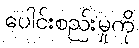
ပေါင်းစည်းမှုကို